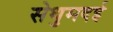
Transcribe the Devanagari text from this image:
सेथुमदई